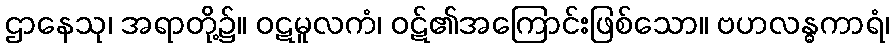
ဌာနေသု၊ အရာတို့၌။ ဝဋမူလကံ၊ ဝဋ်၏အကြောင်းဖြစ်သော။ ဗဟလန္ဓကာရံ၊